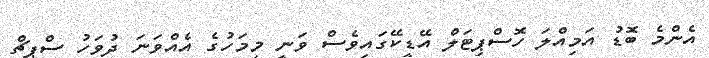
އެންމެ ބޮޑު އަމިއްލަ ހޮސްޕިޓަލް އޭޑީކޭގައިވެސް ވަނީ މިމަހުގެ އެެއްވަނަ ދުވަހު ސްޕީޗް